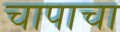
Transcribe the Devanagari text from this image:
चापाचा